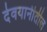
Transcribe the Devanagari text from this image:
देवयानीतील